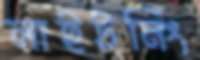
লাইটনিং